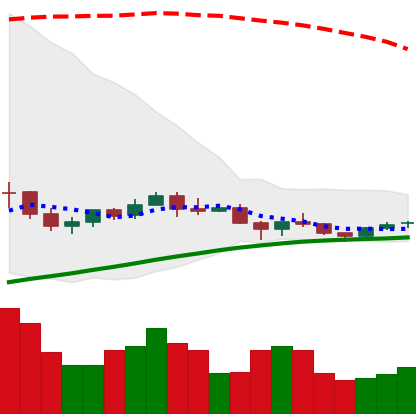
Ticker: NEO-USD
Chart end date: 2021-06-15
Forward return: -12.451%
Label: down_7plus